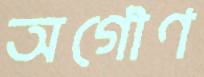
অগৌণ